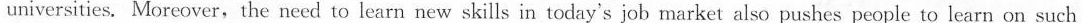
universities. Moreover, the need to learn new skills in today's job market also pushes people to learn on such